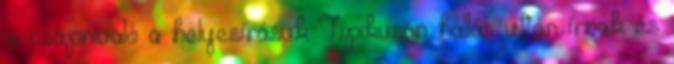
is csapnivaló a helyesírásuk Tipikusan hallás után írnak és